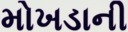
મોખડાની